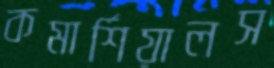
কমার্শিয়ালস